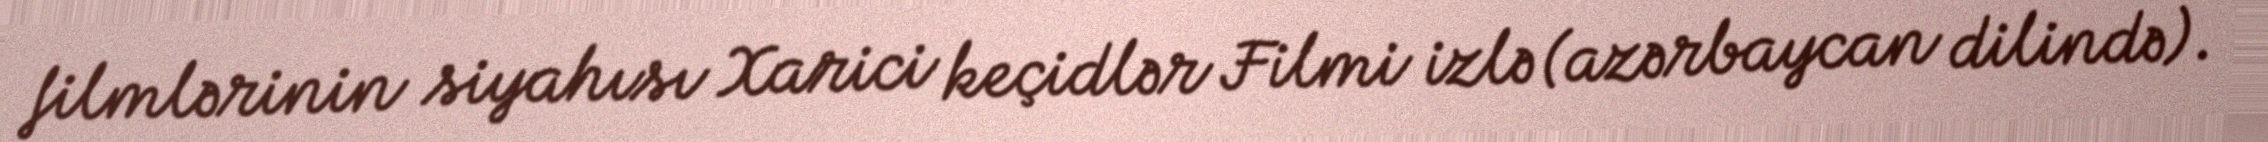
filmlərinin siyahısı Xarici keçidlər Filmi izlə (azərbaycan dilində).